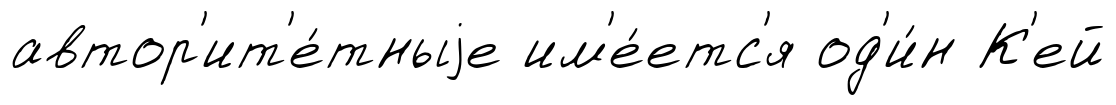
автор'ит'е́тныjе им'е́етс'я од'и́н К'ей